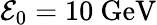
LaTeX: \mathcal{E}_{0}=10\ \mathrm{GeV}